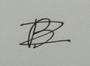
Signature authenticity: forged